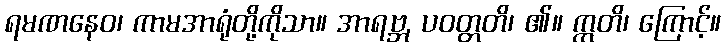
ရမဏနေဝ၊ ကာမအာရုံတို့ကိုသာ။ အာရဗ္ဘ, ပဝတ္တတိ၊ ၏။ ဣတိ၊ ကြောင့်။